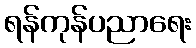
ရန်ကုန်ပညာရေး